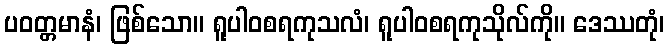
ပဝတ္တမာနံ၊ ဖြစ်သော။ ရူပါဝစရကုသလံ၊ ရူပါဝစရကုသိုလ်ကို။ ဒေဿတုံ၊